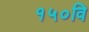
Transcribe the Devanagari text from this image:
१५०वि